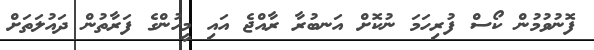
ފޮނުވުމުން ކޯސް ފުރިހަމަ ނުކޮށް އަނބުރާ ރާއްޖެ އައި މީހުންގެ ފަރާތުން ދައުލަތަށް